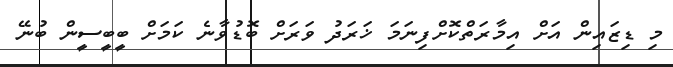
މި ޑިޒައިން އަށް އިމާރަތްކޮށްފިނަމަ ޚަރަދު ވަރަށް ބޮޑުވާނެ ކަމަށް ބީބީސީން ބުނޭ